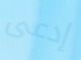
إدعى